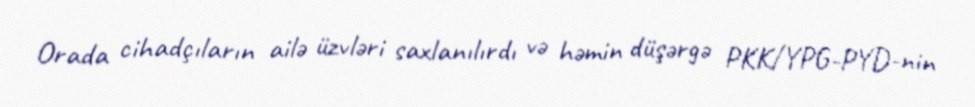
Orada cihadçıların ailə üzvləri saxlanılırdı və həmin düşərgə PKK/YPG-PYD-nin